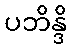
ပဘိန္ဒိ